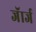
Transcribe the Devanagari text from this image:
जॅार्ज